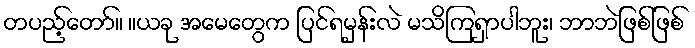
တပည့်တော်။ ။ယခု အမေတွေက ပြင်ရမှန်းလဲ မသိကြရှာပါဘူး၊ ဘာဘဲဖြစ်ဖြစ်